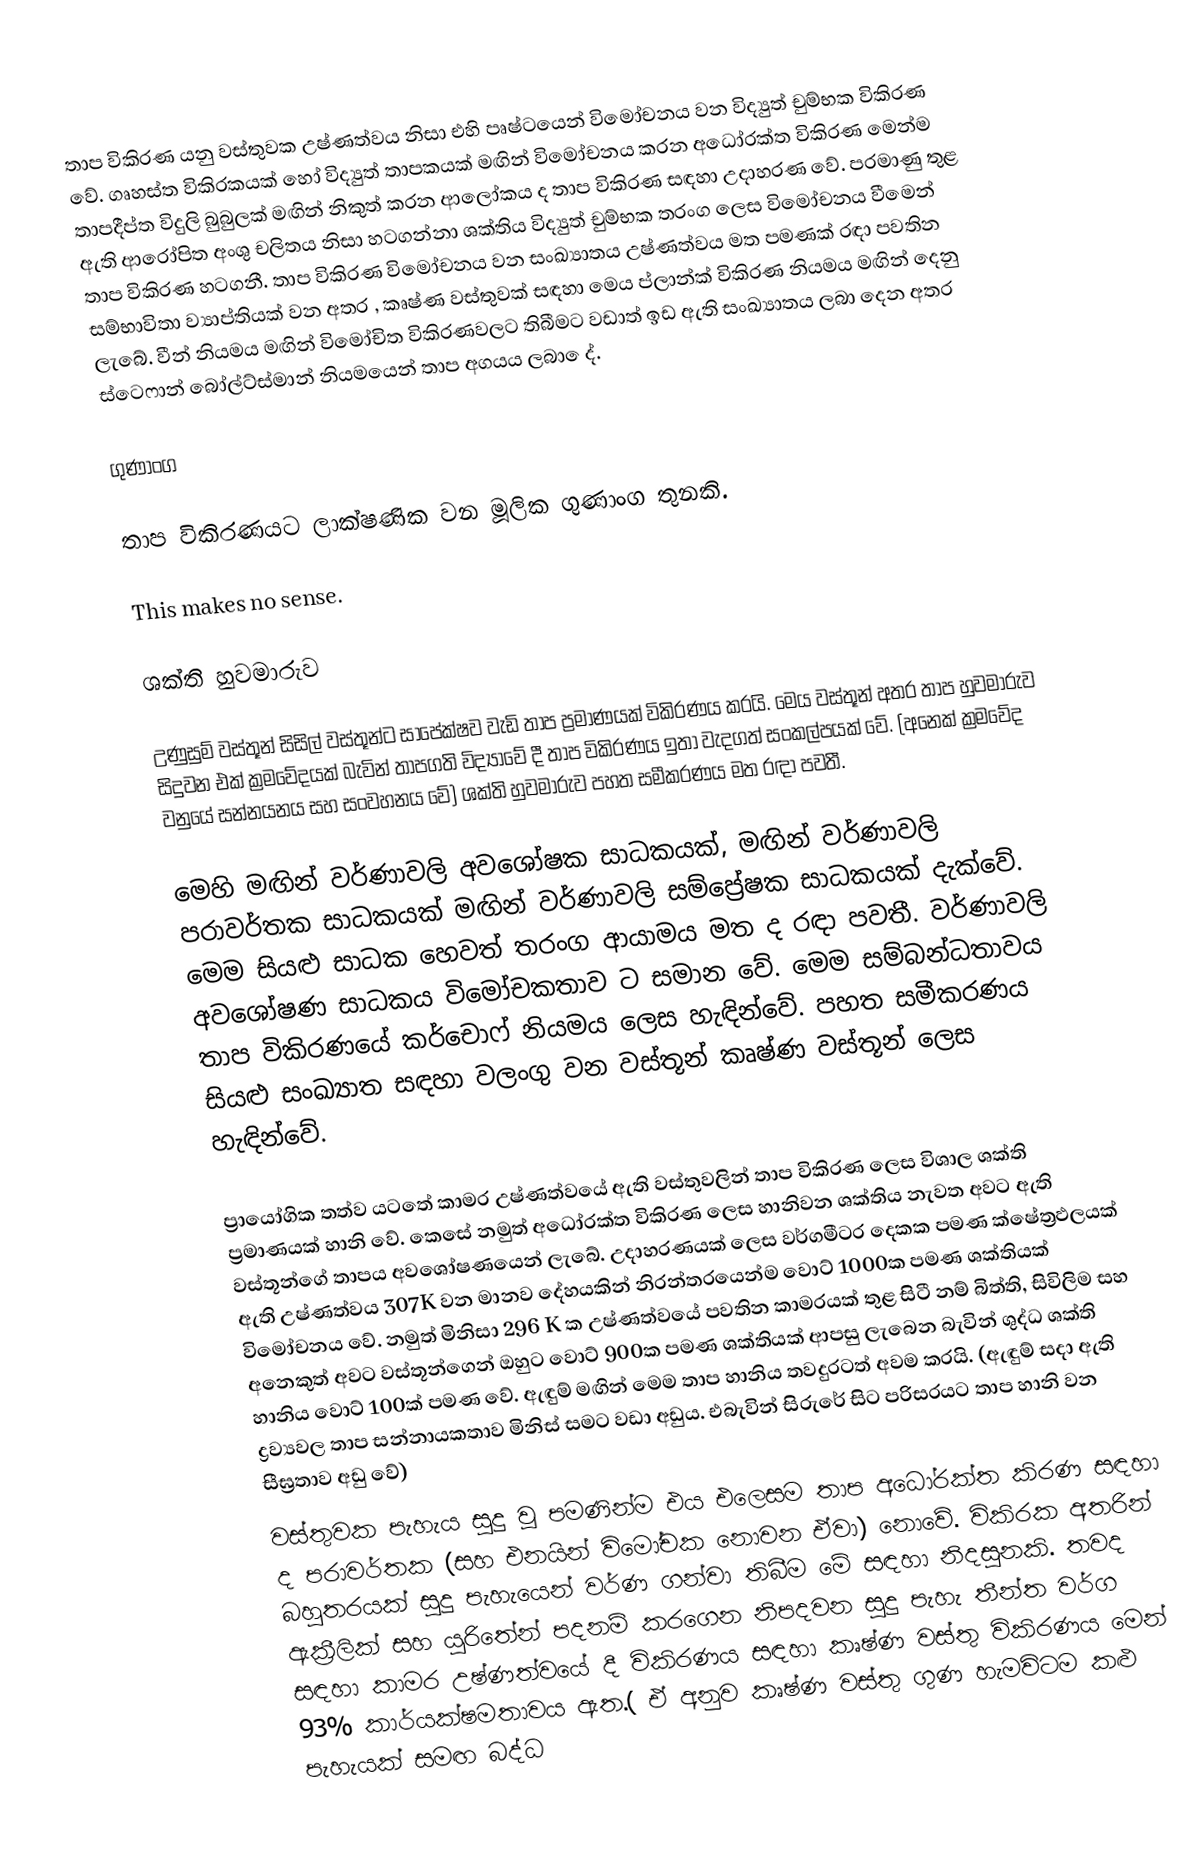
තාප විකිරණ යනු වස්තුවක උෂ්ණත්වය නිසා එහි පෘෂ්ටයෙන් විමෝචනය වන විද්‍යුත් චුම්භක විකිරණ වේ. ගෘහස්ත විකිරකයක් හෝ විද්‍යුත් තාපකයක් මඟින් විමෝචනය කරන අධෝරක්ත විකිරණ මෙන්ම තාපදීප්ත විදුලි බුබුලක් මඟින් නිකුත් කරන ආලෝකය ද තාප විකිරණ සඳහා උදාහරණ වේ. පරමාණු තුළ ඇති ආරෝපිත අංශු චලිතය නිසා හටගන්නා ශක්තිය විද්‍යුත් චුම්භක තරංග ලෙස විමෝචනය වීමෙන් තාප විකිරණ හටගනී. තාප විකිරණ විමෝචනය වන සංඛ්‍යාතය උෂ්ණත්වය මත පමණක් රඳා පවතින සම්භාවිතා ව්‍යාප්තියක් වන අතර , කෘෂ්ණ වස්තුවක් සඳහා මෙය ප්ලාන්ක් විකිරණ නියමය මඟින් දෙනු ලැබේ. වීන් නියමය මඟින් විමෝචිත විකිරණවලට තිබීමට වඩාත් ඉඩ ඇති සංඛ්‍යාතය ලබා දෙන අතර ස්ටෙෆාන් බෝල්ට්ස්මාන් නියමයෙන් තාප අගයය ලබා ‍ෙද්.

ගුණාංග

තාප විකිරණයට ලාක්ෂණික වන මූලික ගුණාංග තුනකි.

This makes no sense.

ශක්ති හුවමාරුව

උණුසුම් වස්තූන් සිසිල් වස්තූන්ට සාපේක්ෂව වැඩි තාප ප්‍රමාණයක් විකිරණය කරයි. මෙය වස්තූන් අතර තාප හුවමාරුව සිදුවන එක් ක්‍රමවේදයක් බැවින් තාපගති විද්‍යාවේ දී තාප විකිරණය ඉතා වැදගත් සංකල්පයක් වේ. (අනෙක් ක්‍රමවේද වනුයේ සන්නයනය සහ සංවහනය වේ) ශක්ති හුවමාරුව පහත සමීකරණය මත රඳා පවතී.

මෙහි  මඟින් වර්ණාවලි අවශෝෂක සාධකයක්,  මඟින් වර්ණාවලි පරාවර්තක සාධකයක්  මඟින් වර්ණාවලි සම්ප්‍රේෂක සාධකයක් දැක්වේ. මෙම සියළු සාධක  හෙවත් තරංග ආයාමය මත ද රඳ‍ා පවතී. වර්ණාවලි අව‍‍ශෝෂණ සාධකය විමෝචකතාව   ට සමාන වේ. මෙම සම්බන්ධතාවය තාප විකිරණයේ කර්චොෆ් නියමය ලෙස හැඳින්වේ. පහත සමීකරණය සියළු සංඛ්‍යාත සඳහා වලංගු වන වස්තූන් කෘෂ්ණ වස්තූන් ලෙස හැඳින්වේ.

ප්‍රායෝගික තත්ව යටතේ කාමර උෂ්ණත්වයේ ඇති වස්තුවලින් තාප විකිරණ ලෙස විශාල ශක්ති ප්‍රමාණයක් හානි වේ. කෙසේ නමුත් අධෝරක්ත විකිරණ ලෙස හානිවන ශක්තිය නැවත අවට ඇති වස්තූන්ගේ තාපය අවශෝෂණයෙන් ලැබේ. උදාහරණයක් ලෙස වර්ගමීටර දෙකක පමණ ක්ෂේත්‍රඵලයක් ඇති උෂ්ණත්වය 307K  වන මානව දේහයකින් නිරන්තරයෙන්ම වොට් 1000ක පමණ ශක්තියක් විමෝචනය වේ. නමුත් මිනිසා 296 K ක උෂ්ණත්වයේ පවතින කාමරයක් තුළ සිටී නම් බිත්ති, සිවිලිම සහ අනෙකුත් අවට වස්තූන්ගෙන් ඔහුට වොට් 900ක පමණ ශක්තියක් ආපසු ලැබෙන බැවින් ශුද්ධ ශක්ති හානිය වොට් 100ක් පමණ වේ. ඇඳුම් මඟින් මෙම තාප හානිය තවදුරටත් අ‍වම කරයි. (ඇඳුම් සදා ඇති ද්‍රව්‍යවල තාප සන්නායකතාව මිනිස් සමට වඩා අඩුය. එබැවින් සිරුරේ සිට පරිසරයට තාප හානි වන සීඝ්‍රතාව අඩු වේ)
වස්තුවක පැහැය සුදු වූ පමණින්ම එය එලෙසම තාප අධෝරක්ත කිරණ සඳහා ද පරාවර්තක (සහ එනයින් විමෝචක නොවන ඒවා) නොවේ. විකිරක අතරින් බහුතරයක් සුදු පැහැයෙන් වර්ණ ගන්වා තිබීම මේ සඳහා නිදසුනකි. තවද ඇක්‍රීලික් සහ යුරිතේන් පදනම් කරගෙන නිපදවන සුදු පැහැ තීන්ත වර්ග සඳහා කාමර උෂ්ණත්වයේ දී විකිරණය සඳහා කෘෂ්ණ වස්තු විකිරණය මෙන් 93% කාර්යක්ෂමතාවය ඇත.( ඒ අනුව කෘෂ්ණ වස්තු ගුණ හැමවිටම කළු පැහැයක් සමඟ බද්ධ